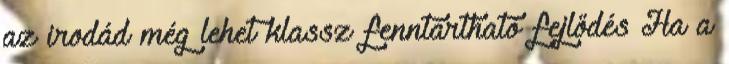
az irodád még lehet klassz fenntartható fejlődés Ha a